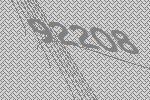
92208